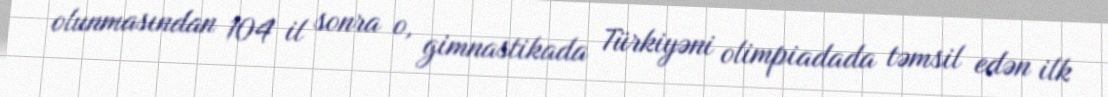
olunmasından 104 il sonra o, gimnastikada Türkiyəni olimpiadada təmsil edən ilk